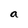
Character: a